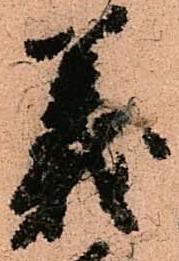
義